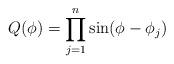
LaTeX: \begin{align*}Q(\phi) = \prod_{j=1}^{n} \sin(\phi-\phi_j)\end{align*}